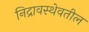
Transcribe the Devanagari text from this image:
निद्रावस्थेवतील